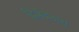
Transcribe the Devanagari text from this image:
द्विजेंद्रनाथ